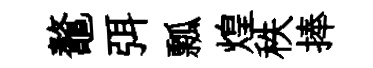
鼇弭瓢煌秩捧